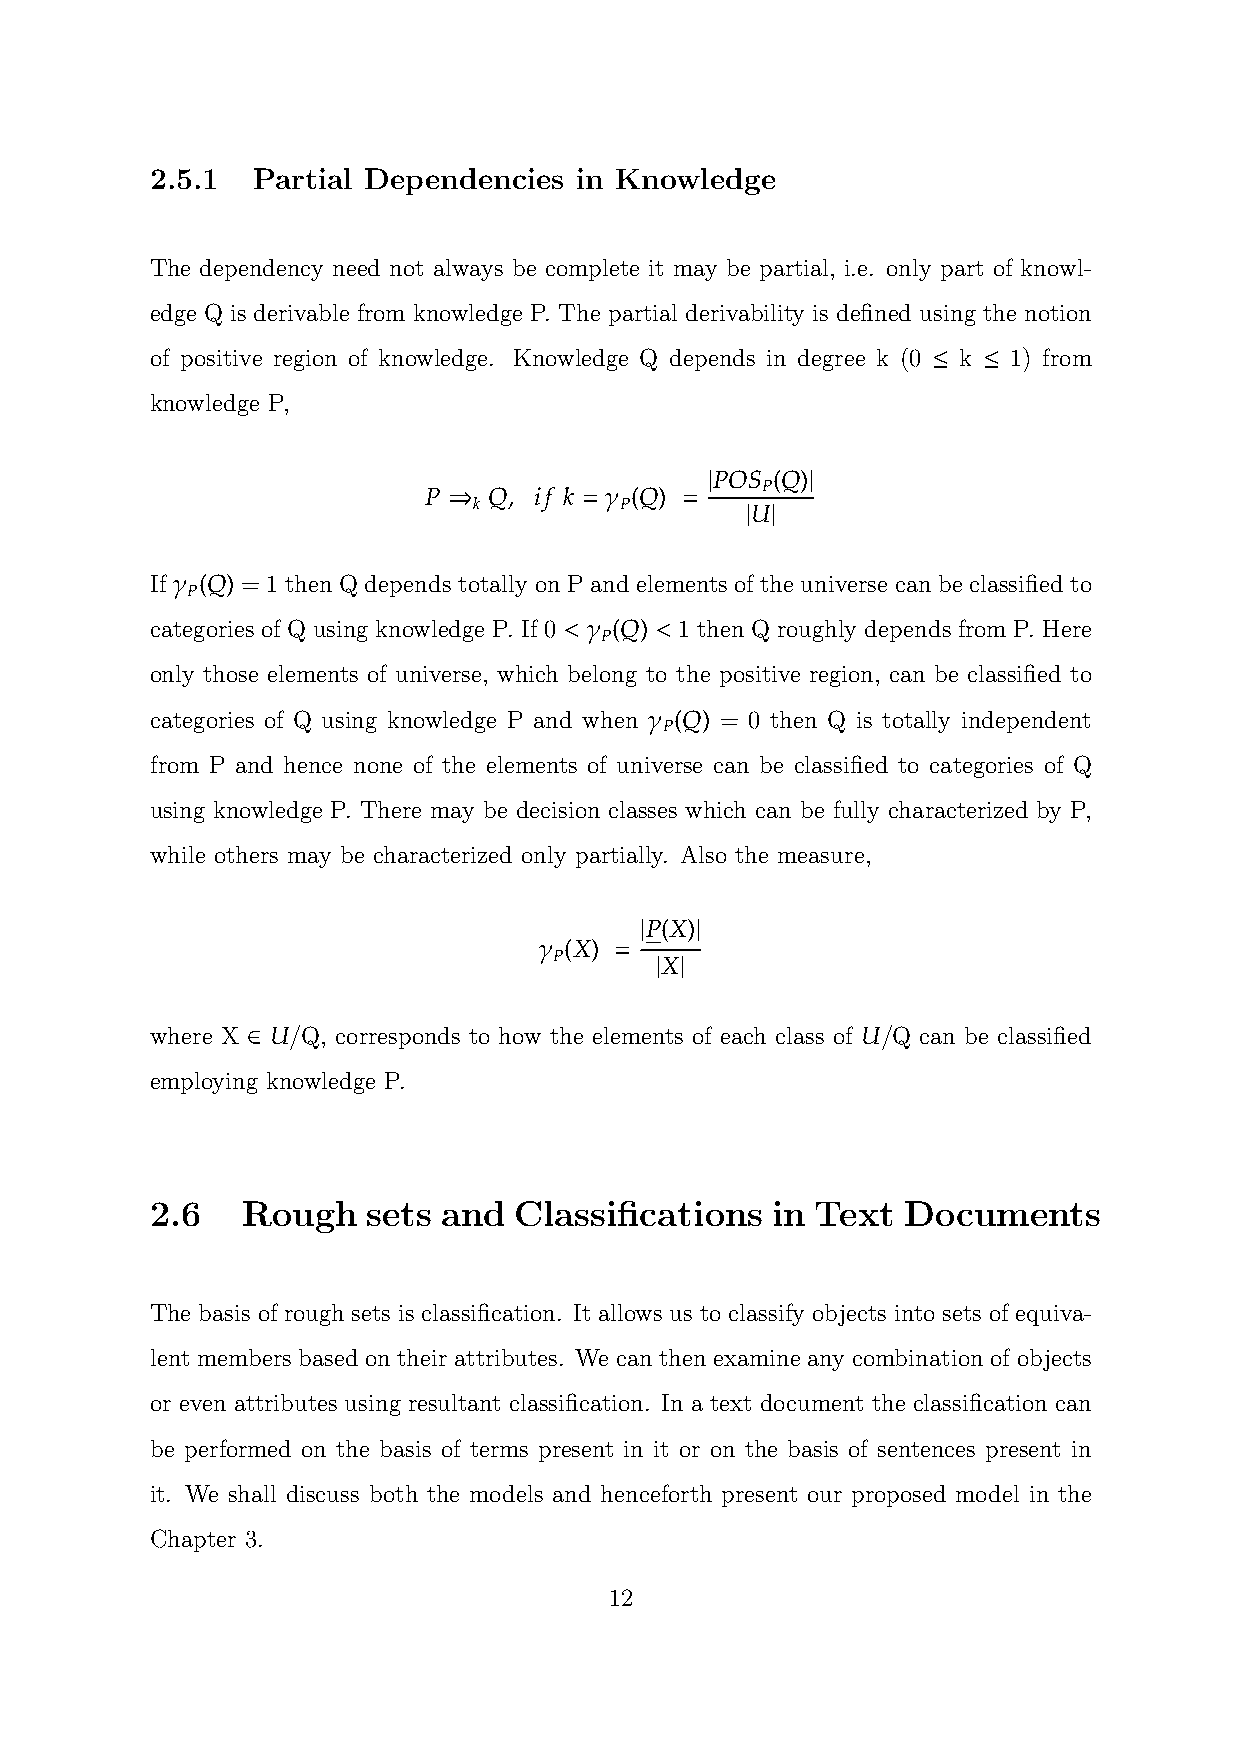
2.5.1  Partial Dependencies in Knowledge
 The dependency need not always be complete it may be partial, i.e. only part of knowl-
 edge Q is derivable from knowledge P. The partial derivability is defined using the notion
 of positive region of knowledge. Knowledge Q depends in degree k (0 ≤ k ≤ 1) from
 knowledge P,
 |      |
 POS (Q)
 ⇒   ,   = γ    =    P
 P   Q  if k   (Q)
 k         P       | |
 U
 If γ (Q) = 1 then Q depends totally on P and elements of the universe can be classified to
 P
 categories of Q using knowledge P. If 0 < γ (Q) < 1 then Q roughly depends from P. Here
 P
 only those elements of universe, which belong to the positive region, can be classified to
 categories of Q using knowledge P and when γ (Q) = 0 then Q is totally independent
 P
 from P and hence none of the elements of universe can be classified to categories of Q
 using knowledge P. There may be decision classes which can be fully characterized by P,
 while others may be characterized only partially. Also the measure,
 |   |
 P(X)
 γ    =
 (X)
 P     | |
 X
 where X ∈ U/Q, corresponds to how the elements of each class of U/Q can be classified
 employing knowledge P.
 2.6   Rough   sets and  Classifications  in Text  Documents
 The basis of rough sets is classification. It allows us to classify objects into sets of equiva-
 lent members based on their attributes. We can then examine any combination of objects
 or even attributes using resultant classification. In a text document the classification can
 be performed on the basis of terms present in it or on the basis of sentences present in
 it. We shall discuss both the models and henceforth present our proposed model in the
 Chapter 3.
 12